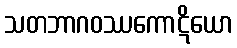
သတဘာဂဝဿကောဋိယော